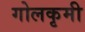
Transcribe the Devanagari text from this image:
गोलकृमी